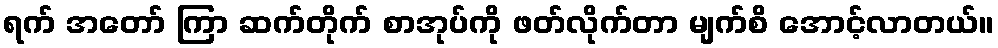
ရက် အတော် ကြာ ဆက်တိုက် စာအုပ်ကို ဖတ်လိုက်တာ မျက်စိ အောင့်လာတယ်။